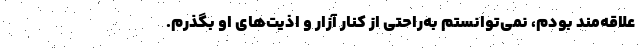
علاقه‌مند بودم، نمی‌توانستم به‌راحتی از کنار آزار و اذیت‌های او بگذرم.